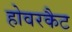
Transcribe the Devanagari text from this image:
होवरकैट